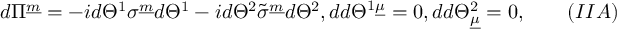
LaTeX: d \Pi ^ { \underline { { m } } } = - i d \Theta ^ { 1 } \sigma ^ { \underline { { m } } } d \Theta ^ { 1 } - i d \Theta ^ { 2 } \tilde { \sigma } ^ { \underline { { m } } } d \Theta ^ { 2 } , d d \Theta ^ { 1 \underline { { \mu } } } = 0 , d d \Theta _ { \underline { { \mu } } } ^ { 2 } = 0 , \qquad ( I I A )